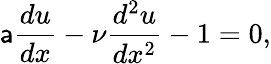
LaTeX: \mathsf{a}\frac{{du}}{{dx}}-\nu\frac{{d^{2}u}}{{dx^{2}}}-1=0,